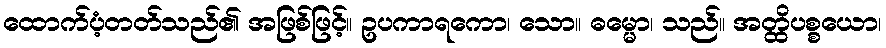
ထောက်ပံ့တတ်သည်၏ အဖြစ်ဖြင့်။ ဥပကာရကော၊ သော။ ဓမ္မော၊ သည်။ အတ္ထိပစ္စယော၊